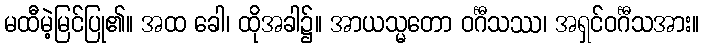
မထီမဲ့မြင်ပြု၏။ အထ ခေါ၊ ထိုအခါ၌။ အာယသ္မတော ဝင်္ဂီသဿ၊ အရှင်ဝင်္ဂီသအား။